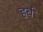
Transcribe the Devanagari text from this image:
हर्व